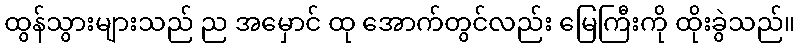
ထွန်သွားများသည် ည အမှောင် ထု အောက်တွင်လည်း မြေကြီးကို ထိုးခွဲသည်။